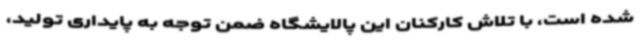
شده است، با تلاش کارکنان این پالایشگاه ضمن توجه به پایداری تولید،